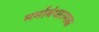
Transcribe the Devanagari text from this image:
मर्माबंधात्मक